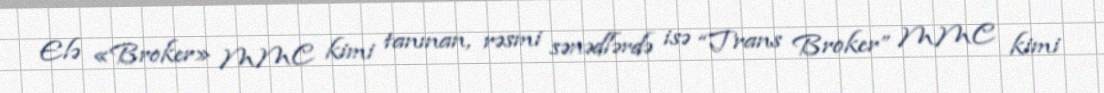
Elə «Broker» MMC kimi tanınan, rəsmi sənədlərdə isə “Trans Broker” MMC kimi